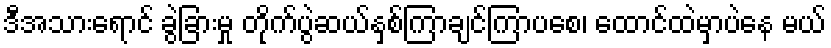
ဒီအသားရောင် ခွဲခြားမှု တိုက်ပွဲဆယ်နှစ်ကြာချင်ကြာပစေ၊ ထောင်ထဲမှာပဲနေ မယ်